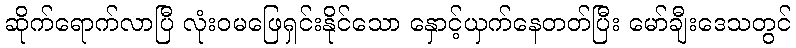
ဆိုက်ရောက်လာပြီ လုံးဝမဖြေရှင်းနိုင်သော နှောင့်ယှက်နေတတ်ပြီး မော်ချီးဒေသတွင်